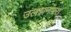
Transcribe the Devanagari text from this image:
उलझनभरा